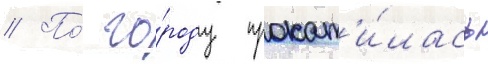
// По́ го́роду прокат'и́лась